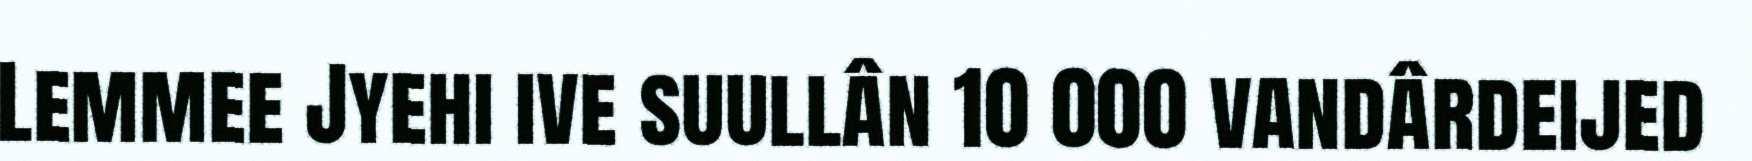
Lemmee Jyehi ive suullân 10 000 vandârdeijed